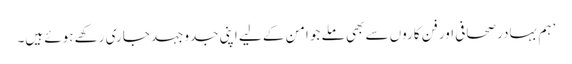
’ہم بہادر صحافی اور فن کاروں سے بھی ملے جو امن کے لیے اپنی جدوجہد جاری رکھے ہوئے ہیں۔